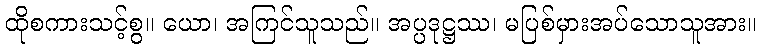
ထိုစကားသင့်စွ။ ယော၊ အကြင်သူသည်။ အပ္ပဒုဋ္ဌဿ၊ မပြစ်မှားအပ်သောသူအား။